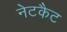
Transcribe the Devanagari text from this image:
नेटकैट